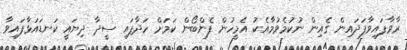
ރާވާފައިވާފަދައިން ގެއިން ނުކުމެވުމާއެކު އެމީހުން ފެންބޯން ކަމަށް ހަދާފައި ސީދާ ދިޔައީ ކަނޑައަޅާފައިވާ